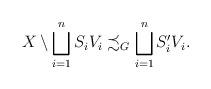
LaTeX: \begin{align*} X \setminus \bigsqcup_{i=1}^n S_iV_i \precsim_G \bigsqcup_{i=1}^n S_i^\prime V_i. \end{align*}